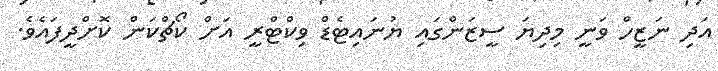
އަދި ނަޒީހް ވަނީ މިދިޔަ ސީޒަންގައި ޔުނައިޓެޑް ވިކްޓްރީ އަށް ކޯޗްކަން ކޮށްދީފައެވެ.